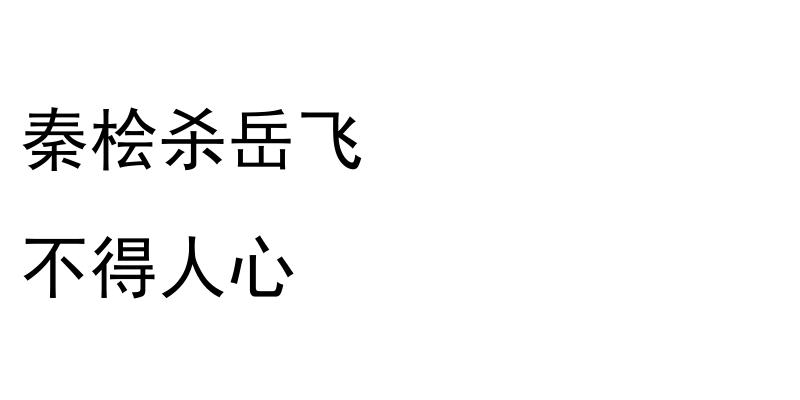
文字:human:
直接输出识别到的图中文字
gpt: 秦桧杀岳飞 不得人心